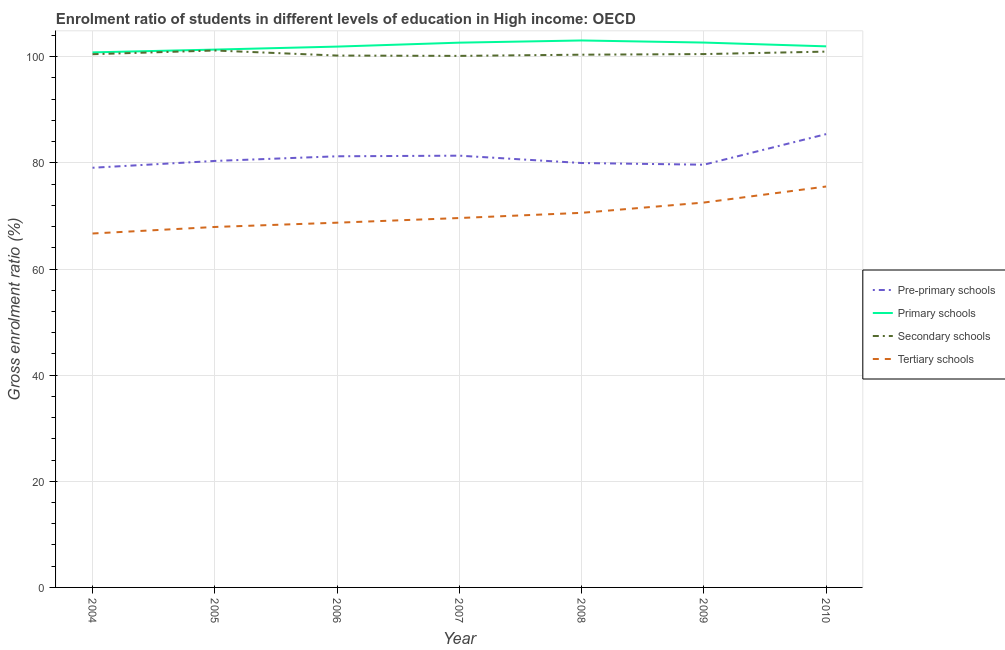
| Year | Pre-primary schools | Primary schools | Secondary schools | Tertiary schools |
 | --- | --- | --- | --- | --- |
 | 2004 | 79.1 | 101 | 100 | 66.7 |
 | 2005 | 80.4 | 101 | 101 | 67.9 |
 | 2006 | 81.2 | 102 | 100 | 68.7 |
 | 2007 | 81.4 | 103 | 100 | 69.6 |
 | 2008 | 80 | 103 | 100 | 70.6 |
 | 2009 | 79.7 | 103 | 101 | 72.5 |
 | 2010 | 85.4 | 102 | 101 | 75.5 |